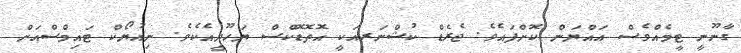
ގާނޫނީ ޓީމެއްވެސް އައްޔަން ކޮށްފައެވެ. ޖެރެޑް ކުޝްނަރއަކީ އޮތޮޑޮކްސް ޔަހޫދީއެކެވެ. ނިއުޔޯކް ޓައިމްސްއަށް